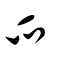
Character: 爫